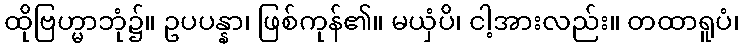
ထိုဗြဟ္မာဘုံ၌။ ဥပပန္နာ၊ ဖြစ်ကုန်၏။ မယှံပိ၊ ငါ့အားလည်း။ တထာရူပံ၊